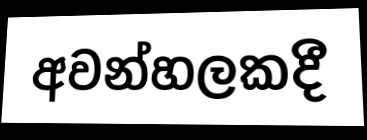
අවන්හලකදී